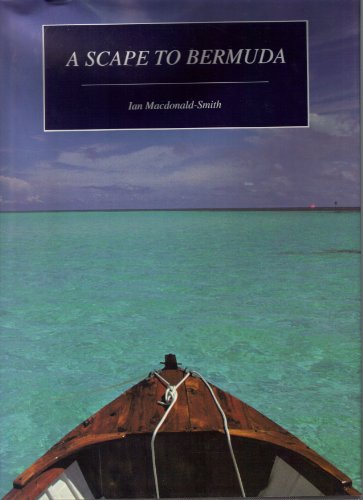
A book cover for A Scape to Bermuda; Ian Macdonald-Smith; Travel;